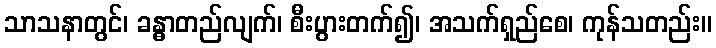
သာသနာတွင်၊ ခန္ဓာတည်လျက်၊ စီးပွားတက်၍၊ အသက်ရှည်စေ၊ ကုန်သတည်း။